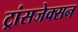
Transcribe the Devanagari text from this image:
ट्रांसजेक्सन